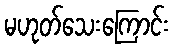
မဟုတ်သေးကြောင်း